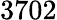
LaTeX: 3702